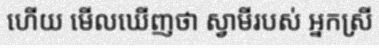
ហើយ មើលឃើញថា ស្វាមីរបស់ អ្នកស្រី